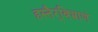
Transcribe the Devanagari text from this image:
हस्तैर्‌बिभ्राणं